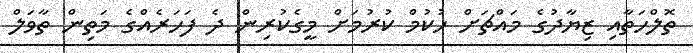
ތޮލްހަތާއި ޒިޔާދުގެ މައްޗަށް ހުކުމް ކުރުމަށް މީގެކުރިން ދެ ފަހަރެއްގެ މަތިން ތާވަލް